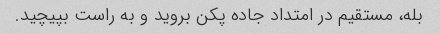
بله، مستقیم در امتداد جاده پکن بروید و به راست بپیچید.